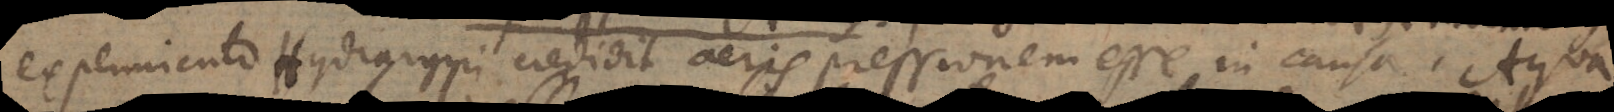
experimento Hydrargyri credidit aeris pressionem esse in causa. Aqua